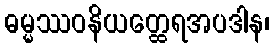
ဓမ္မဿဝနိယတ္ထေရအပဒါန၊